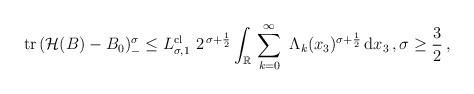
LaTeX: \begin{align*} \mathrm{tr} \, (\mathcal{H}(B)-B_0)_-^\sigma \leq L^{\mathrm{cl}}_{\sigma, 1} \ 2^{\, \sigma+\frac 12} \int_{\mathbb{R}} \, \sum_{k=0}^\infty\ \Lambda_k(x_3)^{\sigma+\frac 12}\, \mathrm{d}x_3\,, \sigma \geq \frac 32\,, \end{align*}